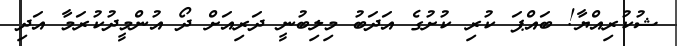
ޝުކުރިއްޔާ! ބައްޕަ ކުރި ކުށުގެ އަދަބު މިލިބުނީ ދަރިއަށް ދޯ އުންމީދުކުރަމާ އަދި